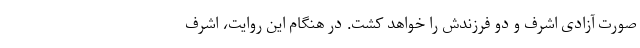
صورت آزادی اشرف و دو فرزندش را خواهد کشت. در هنگام این روایت، اشرف